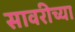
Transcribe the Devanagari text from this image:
सावरीच्या